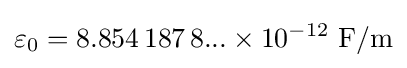
\varepsilon _{0}=8.854\,187\,8...\times 10^{-12}~{\text{F/m}}